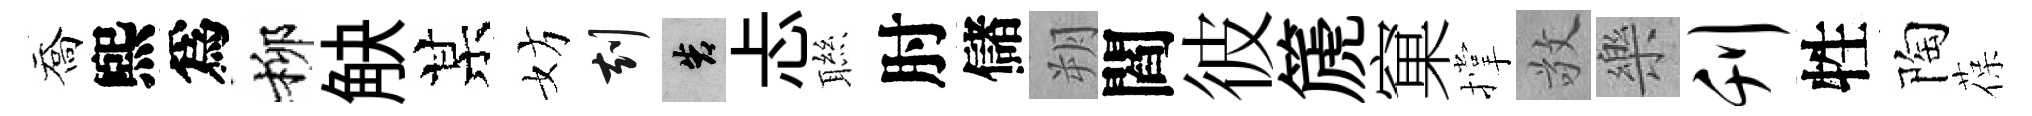
喬煕爲柳觖某妨刻告忐聮肘儲朔閻彼篪窠撑敬樂刊牲陶葆